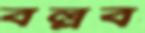
বল্লব